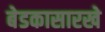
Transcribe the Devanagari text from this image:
बेडकासारखे